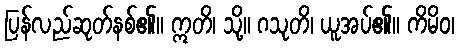
ပြန်လည်ဆုတ်နစ်၏။ ဣတိ၊ သို့။ ဂသုတိ၊ ယူအပ်၏။ ကိမိဝ၊